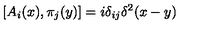
\left[ A _ { i } ( x ) , \pi _ { j } ( y ) \right] = i \delta _ { i j } \delta ^ { 2 } ( x - y )